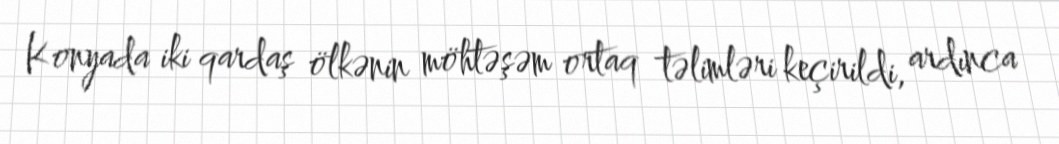
Konyada iki qardaş ölkənin möhtəşəm ortaq təlimləri keçirildi, ardınca